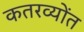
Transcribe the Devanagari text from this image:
कतरव्योंत